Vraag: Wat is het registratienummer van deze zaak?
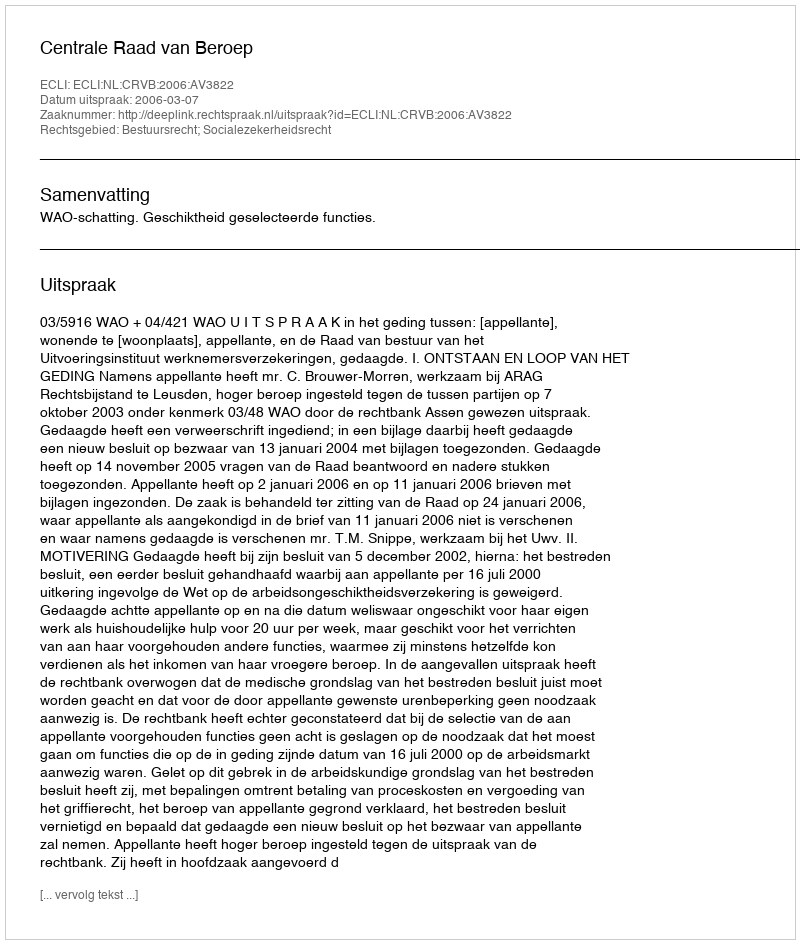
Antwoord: http://deeplink.rechtspraak.nl/uitspraak?id=ECLI:NL:CRVB:2006:AV3822